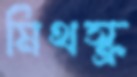
মিথস্ক্র